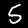
Label: 5